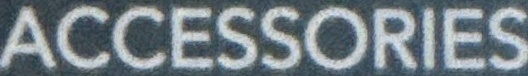
ACCESSORIES